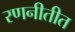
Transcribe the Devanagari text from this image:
रणनीतीत